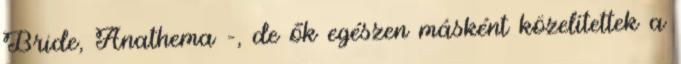
Bride, Anathema –, de ők egészen másként közelítettek a